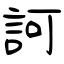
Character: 訶